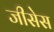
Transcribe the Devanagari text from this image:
जीसेस